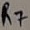
Text: R7